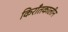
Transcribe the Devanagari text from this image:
किराँतकालीन